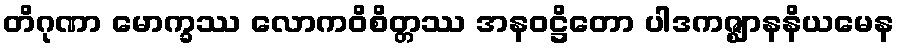
တိဂုဏာ မောက္ခဿ လောကဝိစိတ္တဿ အနဝဋ္ဌိတော ပါဒကဇ္ဈာနနိယမေန